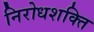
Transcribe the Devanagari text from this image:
निरोधशक्ति